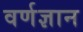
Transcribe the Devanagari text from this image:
वर्णज्ञान